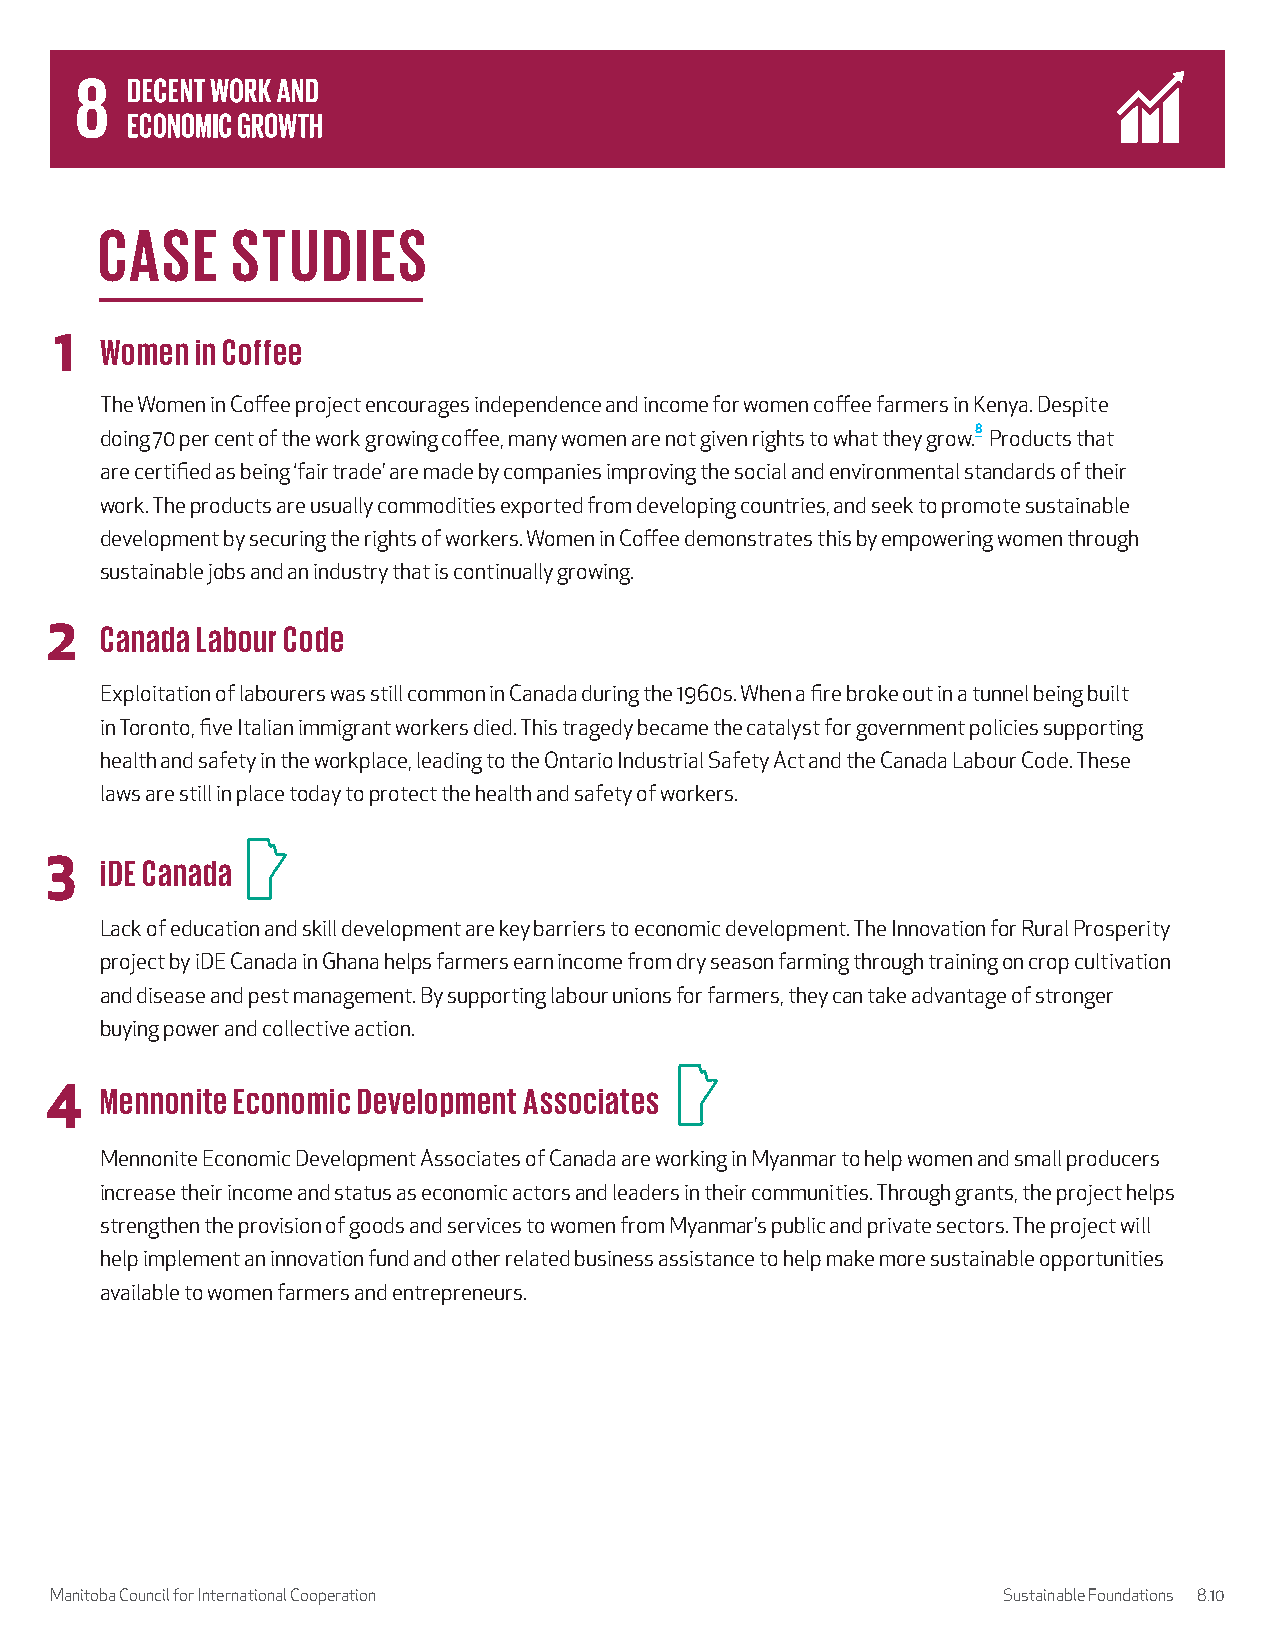
CASE     STUDIES
 1  Women in Coffee
 The Women in Coffee project encourages independence and income for women coffee farmers in Kenya. Despite
 doing 70 per cent of the work growing coffee, many women are not given rights to what they grow.8 Products that
 are certified as being ‘fair trade’ are made by companies improving the social and environmental standards of their
 work. The products are usually commodities exported from developing countries, and seek to promote sustainable
 development by securing the rights of workers. Women in Coffee demonstrates this by empowering women through
 sustainable jobs and an industry that is continually growing.
 2   Canada Labour Code
 Exploitation of labourers was still common in Canada during the 1960s. When a fire broke out in a tunnel being built
 in Toronto, five Italian immigrant workers died. This tragedy became the catalyst for government policies supporting
 health and safety in the workplace, leading to the Ontario Industrial Safety Act and the Canada Labour Code. These
 laws are still in place today to protect the health and safety of workers.
 3   iDE Canada
 Lack of education and skill development are key barriers to economic development. The Innovation for Rural Prosperity
 project by iDE Canada in Ghana helps farmers earn income from dry season farming through training on crop cultivation
 and disease and pest management. By supporting labour unions for farmers, they can take advantage of stronger
 buying power and collective action.
 4   Mennonite Economic Development Associates
 Mennonite Economic Development Associates of Canada are working in Myanmar to help women and small producers
 increase their income and status as economic actors and leaders in their communities. Through grants, the project helps
 strengthen the provision of goods and services to women from Myanmar’s public and private sectors. The project will
 help implement an innovation fund and other related business assistance to help make more sustainable opportunities
 available to women farmers and entrepreneurs.
 Manitoba Council for International Cooperation                 Sustainable Foundations 8.10